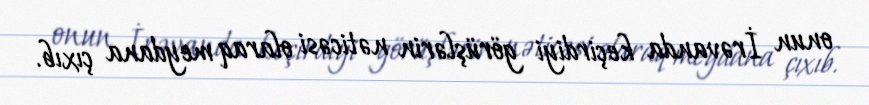
onun İrəvanda keçirdiyi görüşlərin nəticəsi olaraq meydana çıxıb.